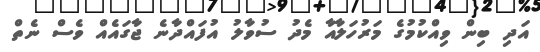
އަދި ބިން ވިއްކުމުގެ މަރުހަލާއާ މެދު ސުވާލު އުފައްދާނެ ޖާގައެއް ވެސް ނެތް